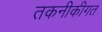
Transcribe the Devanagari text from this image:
तकनीकीगत